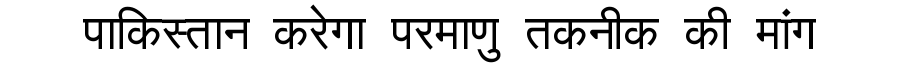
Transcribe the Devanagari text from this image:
पाकिस्तान करेगा परमाणु तकनीक की मांग